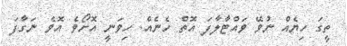
ތީގަ ހިޔެއް ނުވޭ ވައްޓާލާފަ އޮތް ހެނެއް. ހިވަނީ އޮށޯވެ އޮވެ ނަގާފަ